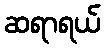
ဆရာရယ်